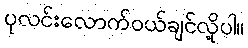
ပုလင်းလောက်ဝယ်ချင်လို့ပါ။